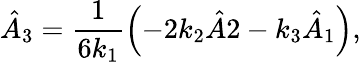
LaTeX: \hat{A}_{3}=\frac{1}{6k_{1}}\left(-2k_{2}\hat{A}2-k_{3}\hat{A}_{1}\right),